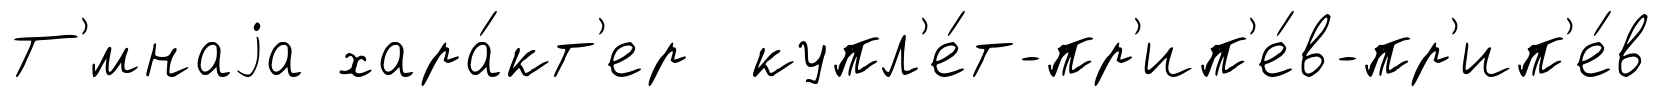
Т'́мнаjа хара́кт'ер купл'е́т-пр'ип'е́в-пр'ип'е́в